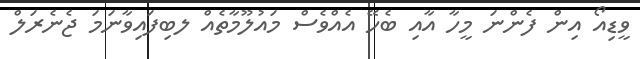
ވީޑިއޯ އިން ފެންނަ މީހާ އާއި ބެހޭ އެއްވެސް މައުލޫމާތެއް ލބިފައިވާނަމަ ޖެނެރަލް